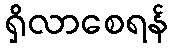
ရှိလာစေရန်